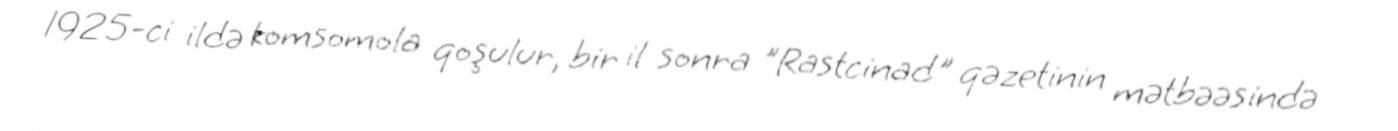
1925-ci ildə komsomola qoşulur, bir il sonra "Rastcinad" qəzetinin mətbəəsində